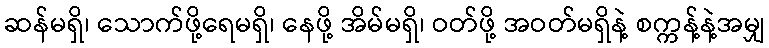
ဆန်မရှိ၊ သောက်ဖို့ရေမရှိ၊ နေဖို့ အိမ်မရှိ၊ ဝတ်ဖို့ အဝတ်မရှိနဲ့ စက္ကန့်နဲ့အမျှ